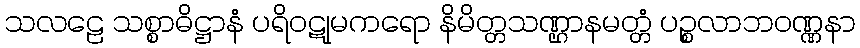
သလဠေ သစ္စာဓိဋ္ဌာနံ ပရိဝဋုမကရော နိမိတ္တသဏ္ဌာနမတ္တံ ပဉ္စလာဘဝဏ္ဏနာ